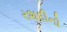
રશદીનો